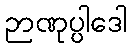
ဉာဏုပ္ပါဒေါ